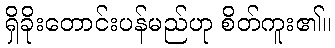
ရှိခိုးတောင်းပန်မည်ဟု စိတ်ကူး၏။